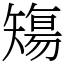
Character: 𥏻